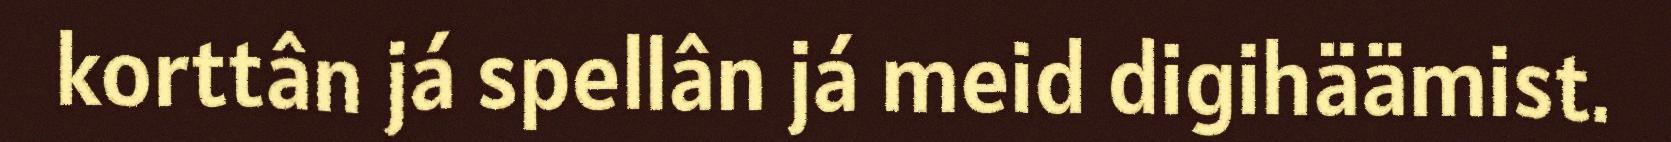
korttân já spellân já meid digihäämist.